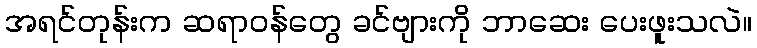
အရင်တုန်းက ဆရာဝန်တွေ ခင်ဗျားကို ဘာဆေး ပေးဖူးသလဲ။